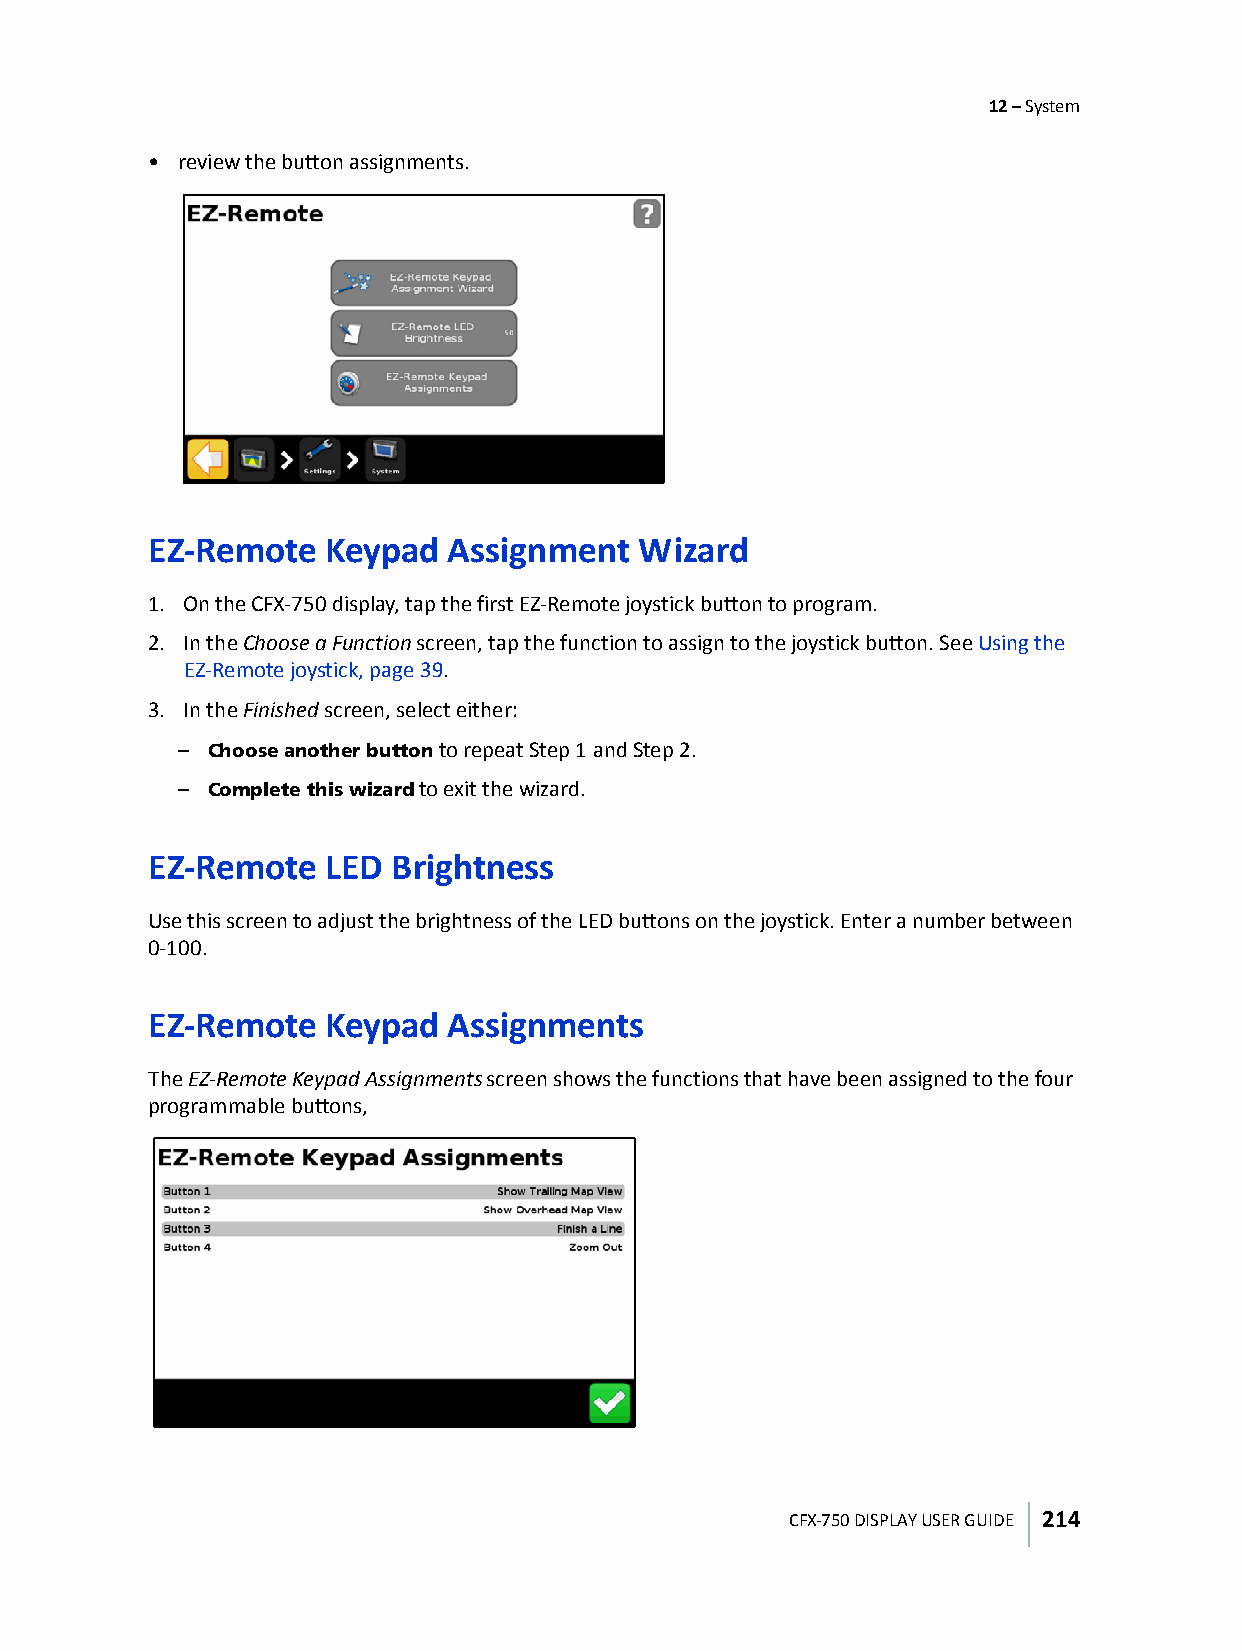
12 – System
 • review the button assignments.
 EZ-Remote   Keypad  Assignment  Wizard
 1. On the CFX-750 display, tap the first EZ-Remote joystick button to program.
 2. In the Choose a Function screen, tap the function to assign to the joystick button. See Using the
 EZ-Remote joystick, page39.
 3. In the Finished screen, select either:
 – Choose another button to repeat Step 1 and Step 2.
 – Complete this wizard to exit the wizard.
 EZ-Remote   LED Brightness
 Use this screen to adjust the brightness of the LED buttons on the joystick. Enter a number between
 0-100.
 EZ-Remote   Keypad  Assignments
 The EZ-Remote Keypad Assignments screen shows the functions that have been assigned to the four
 programmable buttons,
 CFX-750 DISPLAY USER GUIDE 214